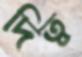
দিত্ব